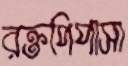
রক্তপিপাসা